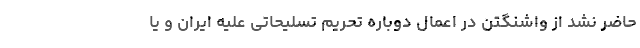
حاضر نشد از واشنگتن در اعمال دوباره تحریم تسلیحاتی علیه ایران و یا